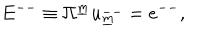
E ^ { -- } \equiv \Pi ^ { \underline { { m } } } u _ { \underline { { m } } } ^ { -- } = e ^ { -- } ,